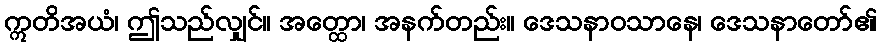
ဣတိအယံ၊ ဤသည်လျှင်။ အတ္ထော၊ အနက်တည်း။ ဒေသနာဝသာနေ၊ ဒေသနာတော်၏